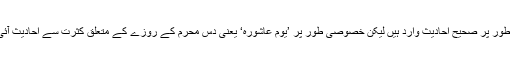
ماہِ محرم میں روزوں کی فضیلت کے متعلق اگرچہ عمومی طور پر صحیح احادیث وارد ہیں لیکن خصوصی طور پر ’یومِ عاشورہ‘ یعنی دس محرم کے روزے کے متعلق کثرت سے احادیث آئی ہیں جن سے اس دن کے روزہ کی فضیلت واضح ہوتی ہے۔